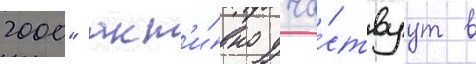
2000" акт'и́вно уча́ствуут в